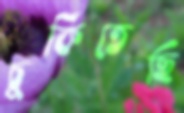
চুকিতেছি